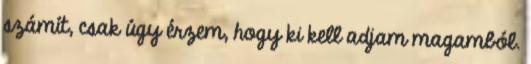
számít, csak úgy érzem, hogy ki kell adjam magamból.